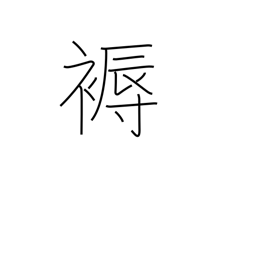
Meaning: mattress